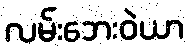
လမ်းဘေးဝဲယာ